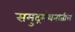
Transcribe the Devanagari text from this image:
समुद्रमंथनातील